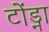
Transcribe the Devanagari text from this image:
टोंड्ना